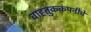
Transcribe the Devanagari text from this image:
वाहतुककंपनीचे